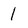
Character: 1